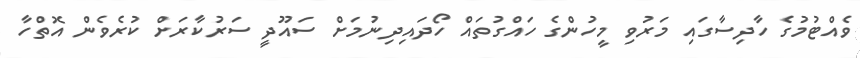
ވެއްޓުމުގެ ހާދިސާގައި މަރުވި މީހުންގެ ހައްގުތައް ހޯދައިދިނުމަށް ސައޫދީ ސަރުކާރަށް ކުރެވެން އޮތްހާ